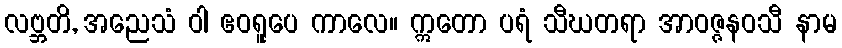
လဗ္ဘတိ, အညေသံ ဝါ ဧဝရူပေ ကာလေ။ ဣတော ပရံ သီဃတရာ အာဝဇ္ဇနဝသီ နာမ